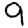
Digit: 9